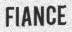
FIANCE